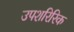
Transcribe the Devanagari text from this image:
उपशरिरिक